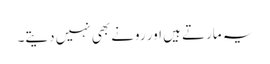
یہ مارتے ہیں اور رونے بھی نہیں دیتے۔